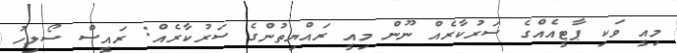
މިއީ ވަކި ޕާޓީއެއްގެ ސަރުކާރެއް ނޫން މިއީ ރައްޔިތުންގެ ސަރުކާރެއް: ރައީސް ސޯލިހު